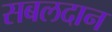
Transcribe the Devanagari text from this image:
सबलदान